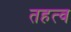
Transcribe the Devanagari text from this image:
तहत्व